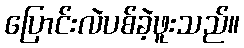
ပြောင်းလဲပစ်ခဲ့ဖူးသည်။